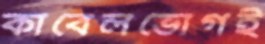
কাবেলভোগই